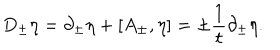
D _ { \pm } \eta = \partial _ { \pm } \eta + [ A _ { \pm } , \eta ] = \pm { \frac { 1 } { t } } \partial _ { \pm } \eta .